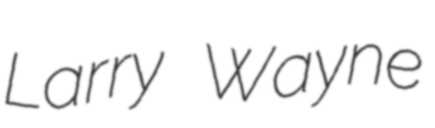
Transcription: Larry Wayne